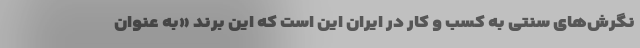
نگرش‌های سنتی به کسب و کار در ایران این است که این برند «به عنوان